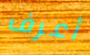
أعرف